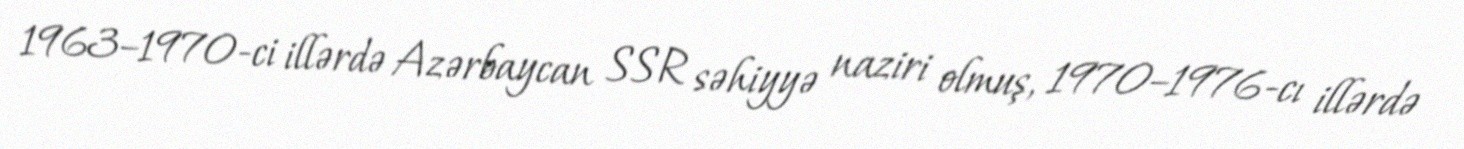
1963–1970-ci illərdə Azərbaycan SSR səhiyyə naziri olmuş, 1970–1976-cı illərdə